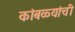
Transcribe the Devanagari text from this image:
कांबळ्यांची